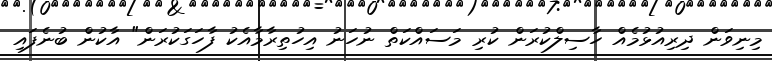
މިނިވަން ދިރިއުޅުމެއް ހާސިލްކުރަން ކުރި މަސައްކަތް ނުހަނު އިހުތިރާމާއެކު ފާހަގަކުރަން" އާކުން ބުނެފައި